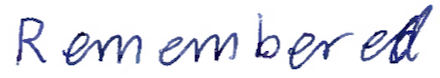
Text: Remembered
Cross-out: clean
Writing tool: ballpoint